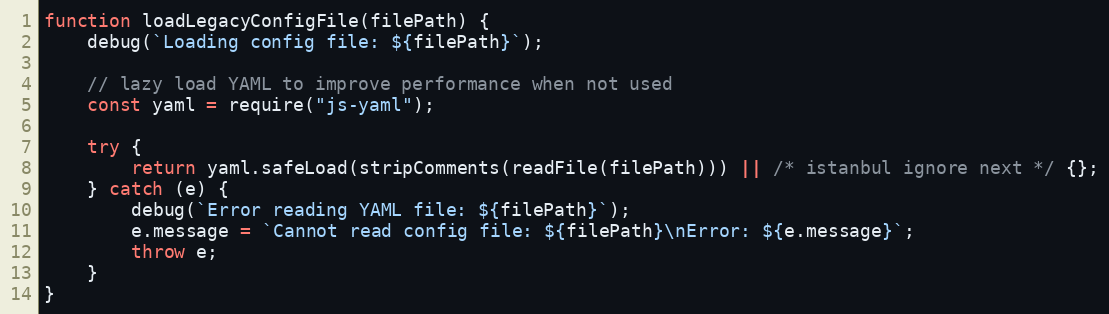
Language: JavaScript
function loadLegacyConfigFile(filePath) {
    debug(`Loading config file: ${filePath}`);

    // lazy load YAML to improve performance when not used
    const yaml = require("js-yaml");

    try {
        return yaml.safeLoad(stripComments(readFile(filePath))) || /* istanbul ignore next */ {};
    } catch (e) {
        debug(`Error reading YAML file: ${filePath}`);
        e.message = `Cannot read config file: ${filePath}\nError: ${e.message}`;
        throw e;
    }
}